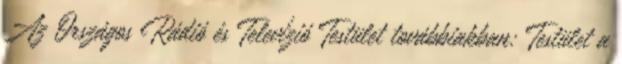
Az Országos Rádió és Televízió Testület továbbiakban: Testület a